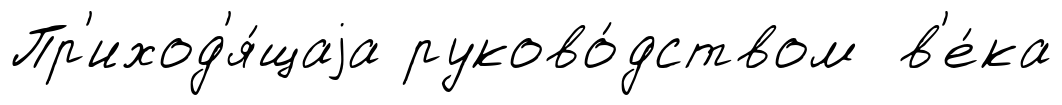
Пр'иход'я́щаjа руково́дством в'е́ка